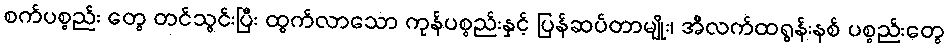
စက်ပစ္စည်း တွေ တင်သွင်းပြီး ထွက်လာသော ကုန်ပစ္စည်းနှင့် ပြန်ဆပ်တာမျိုး၊ အီလက်ထရွန်းနစ် ပစ္စည်းတွေ